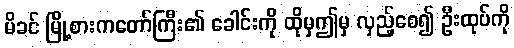
မိခင် မြို့စားကတော်ကြီး၏ ခေါင်းကို ထိုမှဤမှ လှည့်စေ၍ ဦးထုပ်ကို